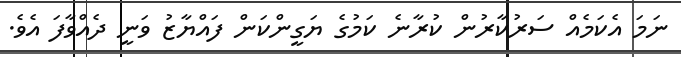
ނަމަ އެކަމެއް ސަރުކާރުން ކުރާނެ ކަމުގެ ޔަގީންކަން ފައްޔާޒު ވަނީ ދެއްވާފަ އެވެ.